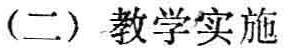
(二) 教学实施